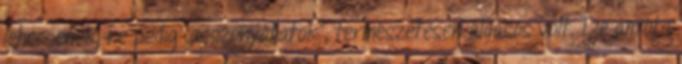
lehessenek, ne pedig „asszonyállatok”, természetesen áldásos volt. De amióta